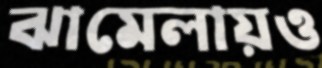
ঝামেলায়ও